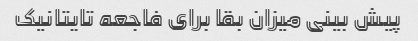
پیش بینی میزان بقا برای فاجعه تایتانیک